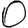
Digit: 0